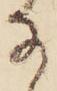
な